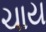
ચાય